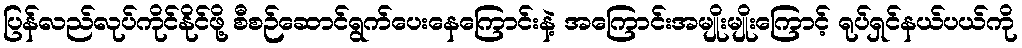
ပြန်လည်လုပ်ကိုင်နိုင်ဖို့ စီစဉ်ဆောင်ရွက်ပေးနေကြောင်းနဲ့ အကြောင်းအမျိုးမျိုးကြောင့် ရုပ်ရှင်နယ်ပယ်ကို